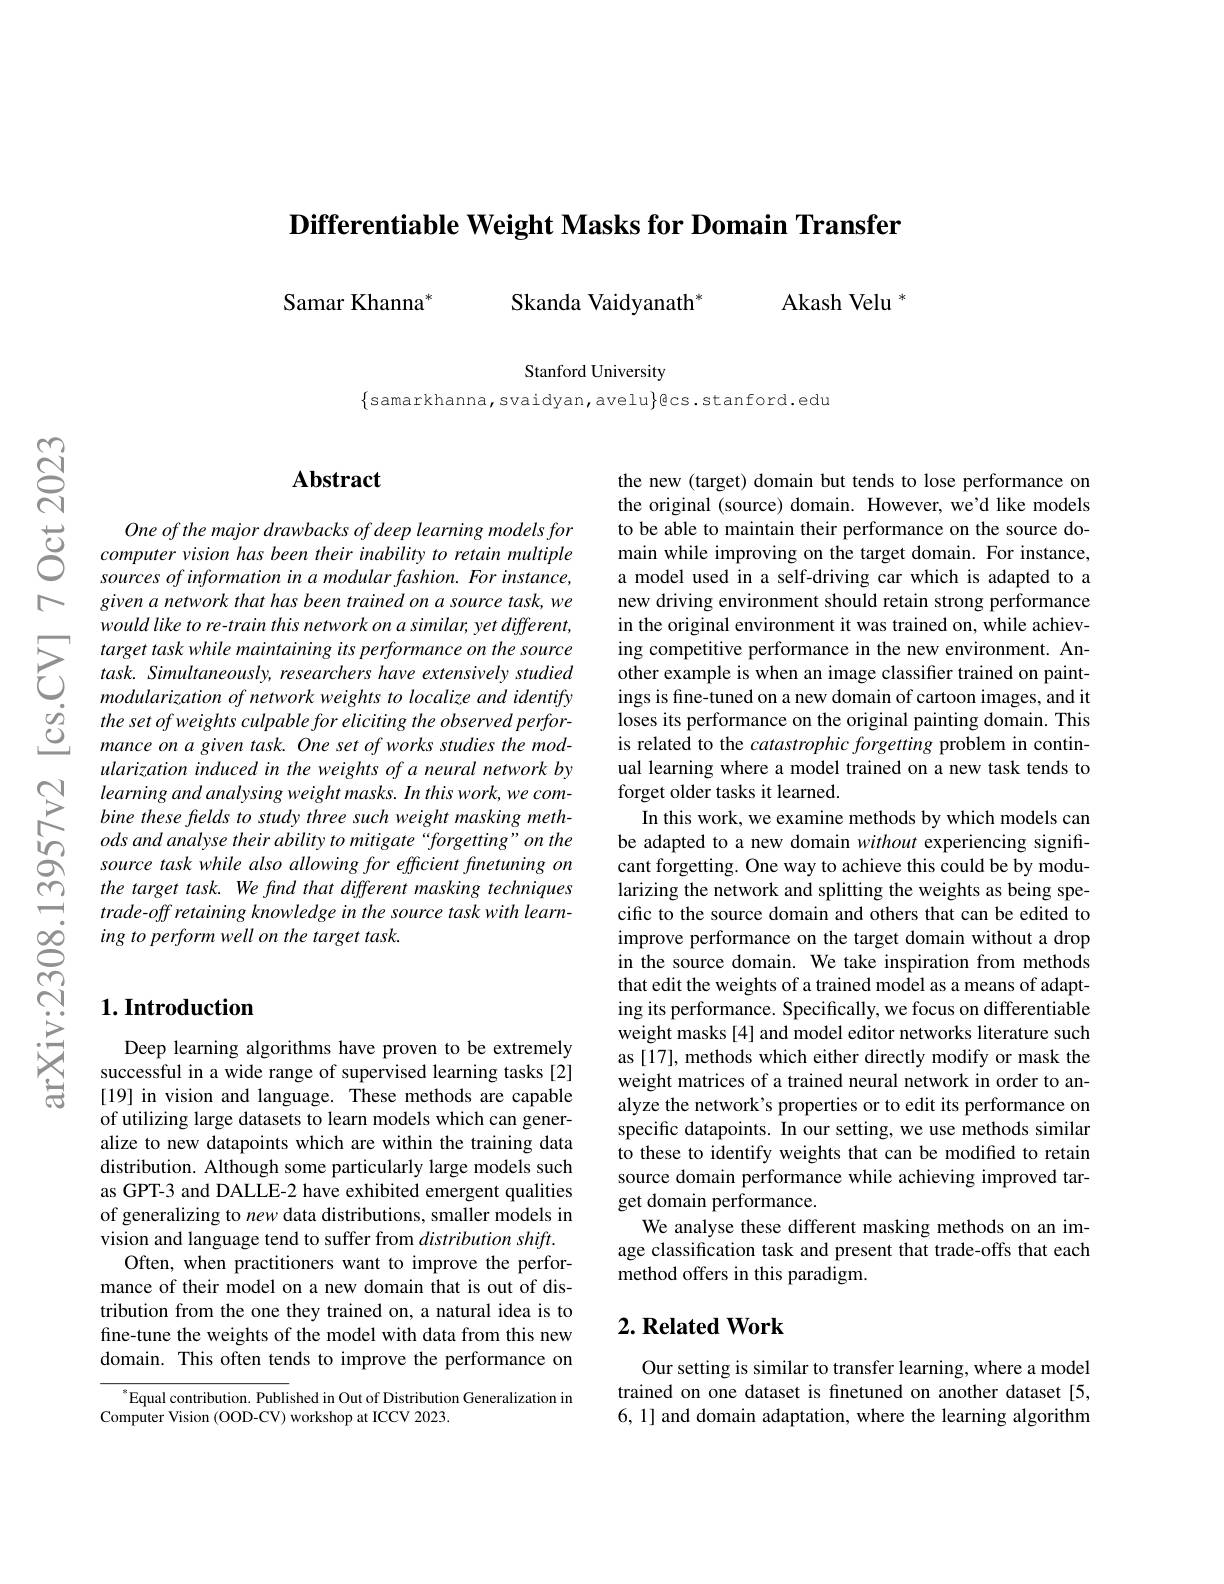
Differentiable Weight Masks for Domain Transfer

Skanda Vaidyanath$^*$

Akash Velu $^*$

Samar Khanna$^*$

Stanford University

$\{$samarkhanna,svaidyan,avelu$\}$ecs.stanford.edu

$ଝୁ$

八

$పై$

## $\mathbf{Abstract}$

One of the major drawbacks of deep learning models for
$\begin{array}{cc}&One\:ofthe\:major\:drawbacks\:of\:deep\:learnin\end{array}$
sources of information in a modular fashion. For instance, given a network that has been trained on a source task, we would like to re-train this network on a similar, yet different,
the set of weights culpable for eliciting the observed performance on a given task. One set of works studies the modularization induced in the weights of a neural network by
Nlearning and analysing weight masks. In this work, we com- bine these fields to study three such weight masking methPine bine these felds to study three such weight masking methDa ods and analyse their ability to mitigate " forgeting " on there
source task while also allowing for efficient finetuning on the target task. We find that different masking techniques trade-off retaining knowledge in the source task with learning to perform well on the target task.

## $1. \textbf{Introduction}$

Deep learning algorithms have proven to be extremely successful in a wide range of supervised learning tasks [2] [19] in vision and language. These methods are capable of utilizing large datasets to learn models which can generalize to new datapoints which are within the training data distribution. Although some particularly large models such as GPT-3 and DALLE-2 have exhibited emergent qualities of generalizing to new data distributions, smaller models in vision and language tend to suffer from distribution shift.
Often, when practitioners want to improve the performance of their model on a new domain that is out of distribution from the one they trained on, a natural idea is to fine-tune the weights of the model with data from this new domain. This often tends to improve the performance on

$^{*}$Equal contribution. Published in Out of Distribution Generalization in
$\hat{\text{Computer Vision (OOD-CV) workshop at ICCV 2023}}$

the new (target) domain but tends to lose performance on the original (source) domain. However, we'd like models to be able to maintain their performance on the source domain while improving on the target domain. For instance, a model used in a self-driving car which is adapted to a new driving environment should retain strong performance in the original environment it was trained on, while achievloses its performance on the original painting domain. This is related to the catastrophic forgetting problem in continual learning where a model trained on a new task tends to forget older tasks it learned.
In this work, we examine methods by which models can be adapted to a new domain without experiencing significant forgetting. One way to achieve this could be by modularizing the network and splitting the weights as being specific to the source domain and others that can be edited to improve performance on the target domain without a drop in the source domain. We take inspiration from methods that edit the weights of a trained model as a means of adapting its performance. Specifically, we focus on differentiable weight masks [4] and model editor networks literature such as [17], methods which either directly modify or mask the weight matrices of a trained neural network in order to analyze the network's properties or to edit its performance on specific datapoints. In our setting, we use methods similar to these to identify weights that can be modified to retain source domain performance while achieving improved target domain performance.
We analyse these different masking methods on an image classification task and present that trade-offs that each method offers in this paradigm.

### $2. \textbf{Related Work}$

Our setting is similar to transfer learning, where a model trained on one dataset is finetuned on another dataset[5, 6, 1] and domain adaptation, where the learning algorithm